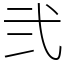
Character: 弐